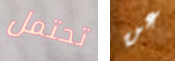
تحتمل عن